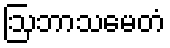
ဩဘာသမေတံ